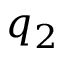
q _ { 2 }